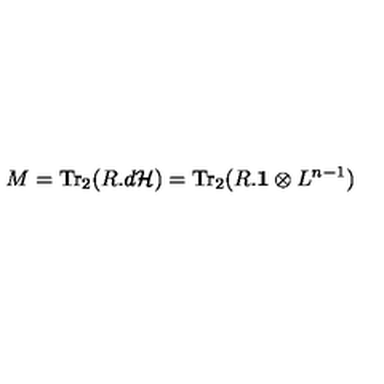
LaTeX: M = \mathrm { T r } _ { 2 } ( R . d { \cal H } ) = \mathrm { T r } _ { 2 } ( R . { \bf 1 } \otimes L ^ { n - 1 } )